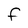
Character: F